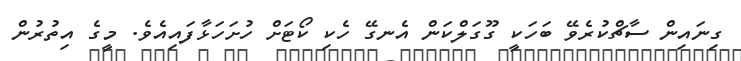
ގިނައިން ސާޗްކުރެވޭ ބަހަކީ ގޫގަލްކަން އެނގޭ ހެކި ކޯޓަށް ހުށަހަޅާފައިއެވެ. މީގެ އިތުރުން